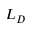
L _ { D }